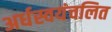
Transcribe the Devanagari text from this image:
अर्धस्वयंचलित